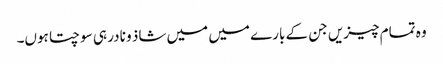
وہ تمام چیزیں جن کے بارے میں میں شاذ و نادر ہی سوچتا ہوں۔